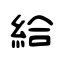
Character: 給